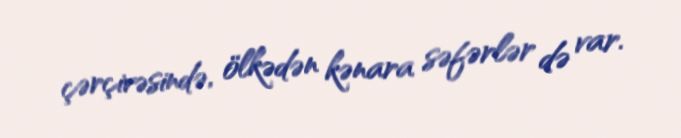
çərçivəsində, ölkədən kənara səfərlər də var.